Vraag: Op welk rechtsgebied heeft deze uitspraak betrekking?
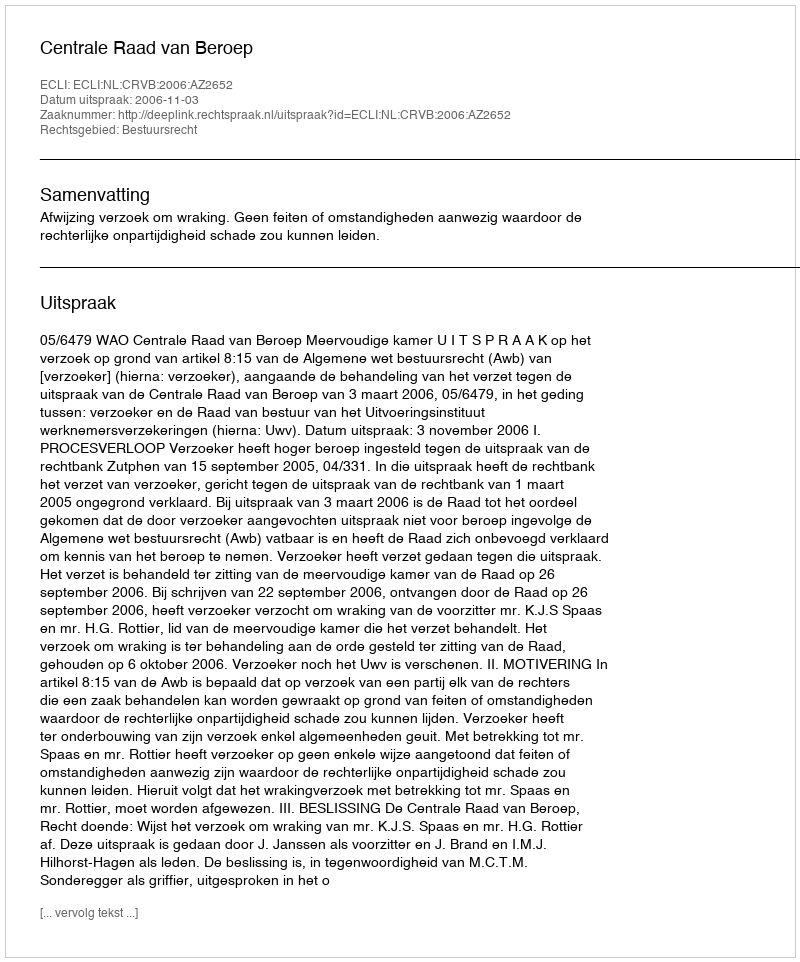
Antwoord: Bestuursrecht